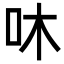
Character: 㕲